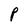
Character: P